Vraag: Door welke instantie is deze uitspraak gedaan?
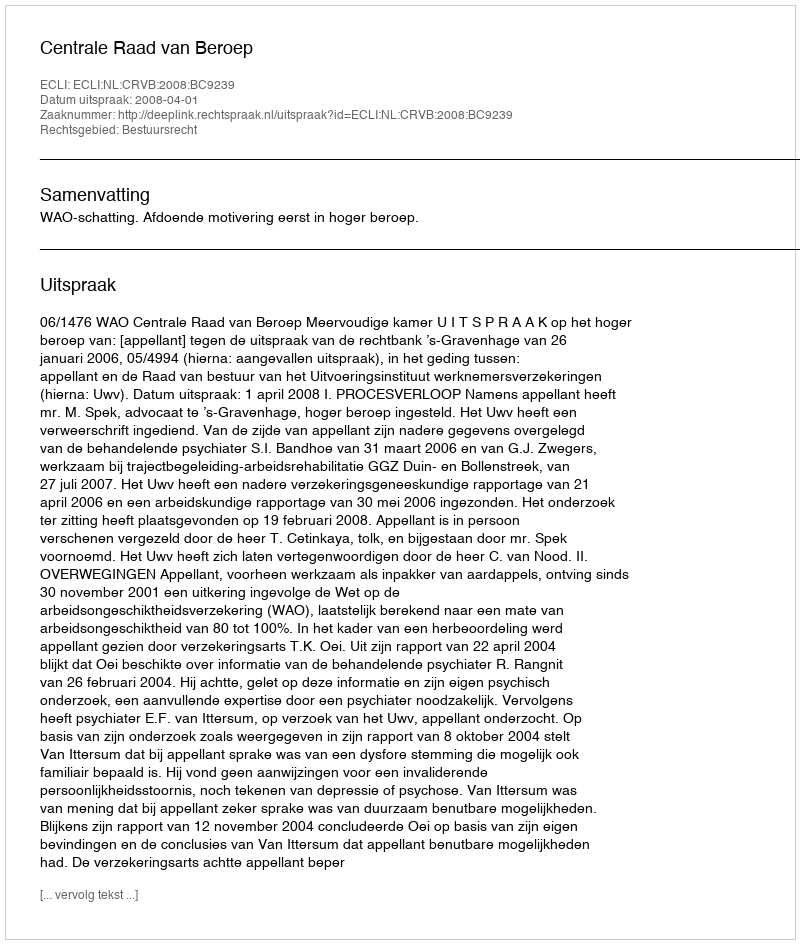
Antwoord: Centrale Raad van Beroep